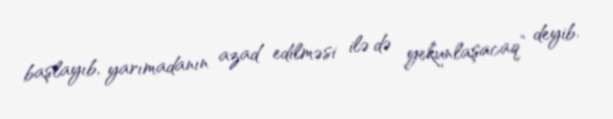
başlayıb, yarımadanın azad edilməsi ilə də yekunlaşacaq” deyib.